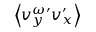
\left\langle v _ { y } ^ { \omega \prime } v _ { x } ^ { \prime } \right\rangle